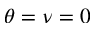
\theta = \nu = 0